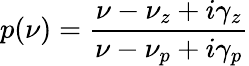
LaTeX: p(\nu)=\frac{\nu-\nu_{z}+i\gamma_{z}}{\nu-\nu_{p}+i\gamma_{p}}